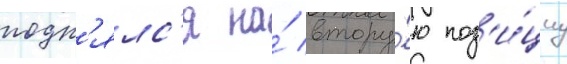
подн'ялс'я на́ втору́ю поз'и́циу